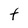
Character: t